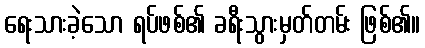
ရေးသားခဲ့သော ရပ်ဖစ်၏ ခရီးသွားမှတ်တမ်း ဖြစ်၏။